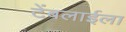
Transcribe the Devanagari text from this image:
टेंबलाईला